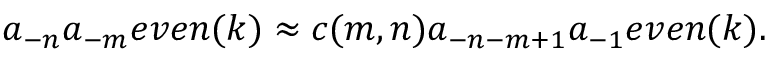
a _ { - n } a _ { - m } e v e n ( k ) \approx c ( m , n ) a _ { - n - m + 1 } a _ { - 1 } e v e n ( k ) .